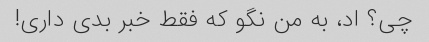
چی؟ اد، به من نگو ​​که فقط خبر بدی داری!